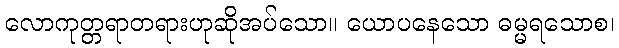
လောကုတ္တရာတရားဟုဆိုအပ်သော။ ယောပနေသော ဓမ္မရသောစ၊